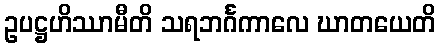
ဥပဋ္ဌဟိဿာမီတိ သရဘင်္ဂကာလေ ဃာတယေတိ